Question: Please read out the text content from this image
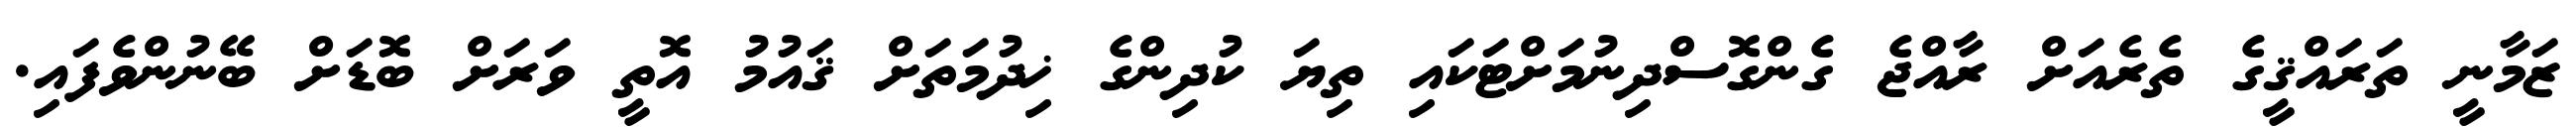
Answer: ޒަމާނީ ތަރައްޤީގެ ތެރެއަށް ރާއްޖެ ގެންގޮސްދިނުމަށްޓަކައި ތިޔަ ކުދިންގެ ޚިދުމަތަށް ޤައުމު އޮތީ ވަރަށް ބޮޑަށް ބޭނުންވެފައި.